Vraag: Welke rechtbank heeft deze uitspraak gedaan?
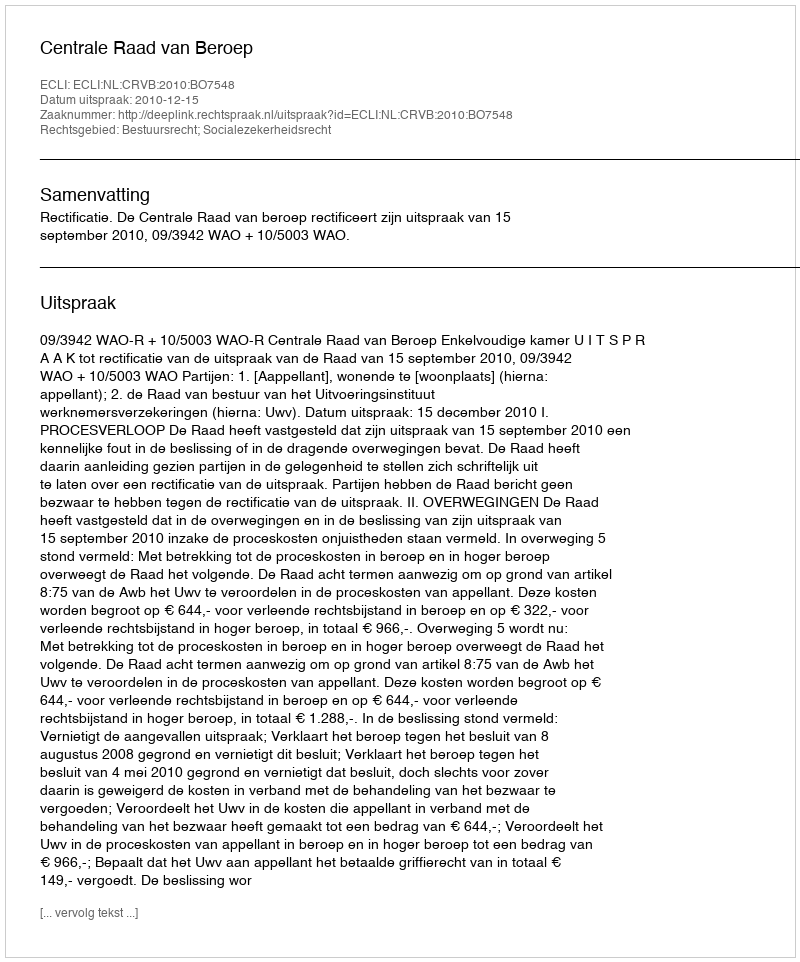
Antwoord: Centrale Raad van Beroep